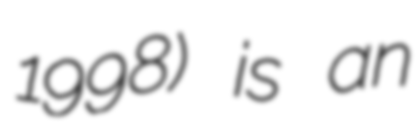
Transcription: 1998) is an